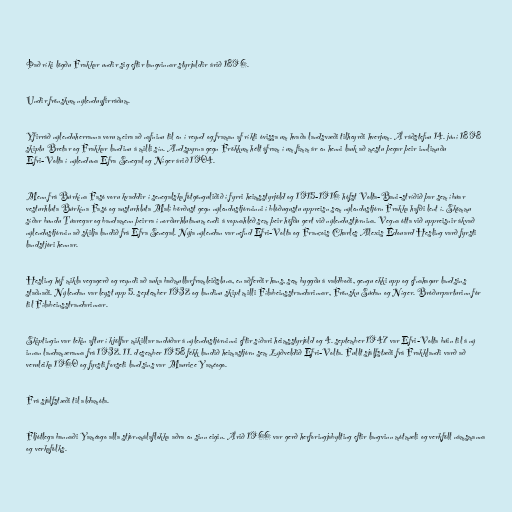
Það ríki lögðu Frakkar undir sig eftir langvinnar styrjaldir árið 1896.

Undir frönskum nýlenduyfirráðum.

Yfirráð nýlenduherranna voru meira að nafninu til en í reynd og framan af ríkti óvissa um hvaða landsvæði tilheyrði hverjum. Á ráðstefnu 14. júní 1898
skiptu Bretar og Frakkar landinu á milli sín. Andspyrna gegn Frökkum hélt áfram í um fimm ár en henni lauk að mestu þegar þeir innlimuðu
Efri-Volta í nýlenduna Efra Senegal og Níger árið 1904.

Menn frá Búrkína Fasó voru kvaddir í senegalska fótgönguliðið í fyrri heimsstyrjöld og 1915-1916 hófst Volta-Bani-stríðið þar sem íbúar
vesturhluta Búrkína Fasó og austurhluta Malí börðust gegn nýlendustjórninni í blóðugustu uppreisn sem nýlendustjórn Frakka hafði lent í. Skömmu
síðar bundu Túaregar og bandamenn þeirra í norðurhlutanum endi á vopnahléð sem þeir höfðu gert við nýlendustjórnina. Vegna ótta við uppreisnir ákvað
nýlendustjórnin að skilja landið frá Efra Senegal. Nýja nýlendan var nefnd Efri-Volta og François Charles Alexis Édouard Hesling varð fyrsti
landstjóri hennar.

Hesling hóf mikla vegagerð og reyndi að auka baðmullarframleiðsluna, en aðferðir hans, sem byggðu á valdboði, gengu ekki upp og efnahagur landsins
staðnaði. Nýlendan var leyst upp 5. september 1932 og landinu skipt milli Fílabeinsstrandarinnar, Frönsku Súdan og Níger. Bróðurparturinn fór
til Fílabeinsstrandarinnar.

Skiptingin var tekin aftur í kjölfar mikillar andúðar á nýlendustjórninni eftir síðari heimsstyrjöld og 4. september 1947 var Efri-Volta búin til á ný
innan landamæranna frá 1932. 11. desember 1958 fékk landið heimastjórn sem Lýðveldið Efri-Volta. Fullt sjálfstæði frá Frakklandi varð að
veruleika 1960 og fyrsti forseti landsins var Maurice Yaméogo.

Frá sjálfstæði til aldamóta.

Fljótlega bannaði Yaméogo alla stjórnmálaflokka aðra en sinn eigin. Árið 1966 var gerð herforingjabylting eftir langvinn mótmæli og verkföll námsmanna
og verkafólks.